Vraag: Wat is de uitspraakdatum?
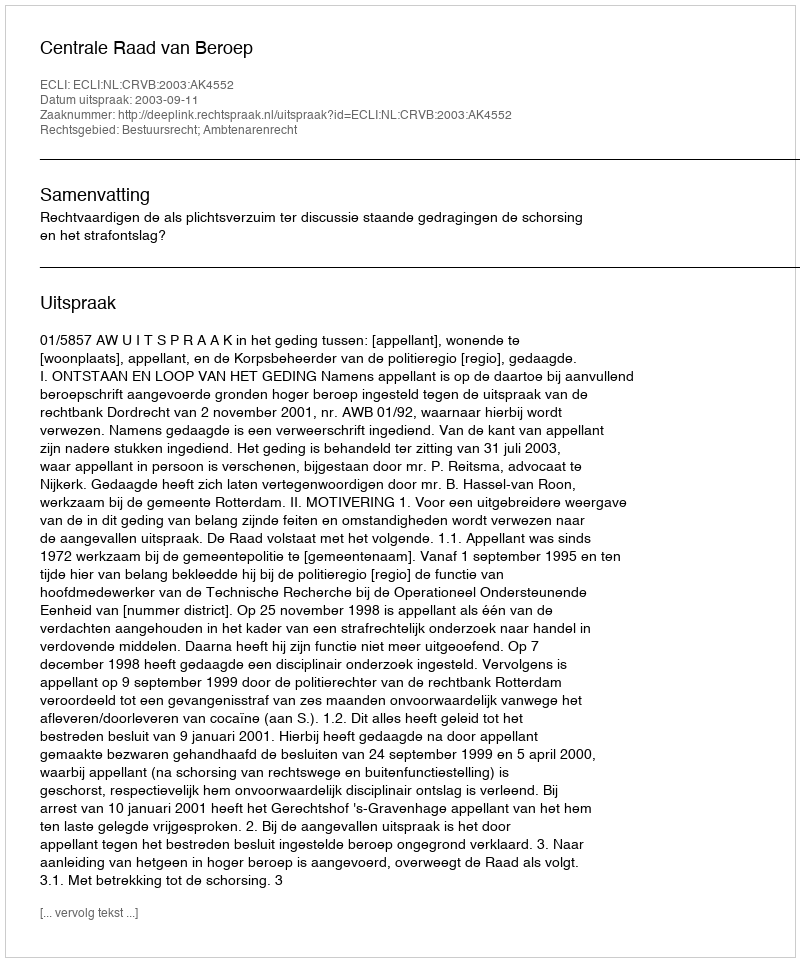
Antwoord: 2003-09-11